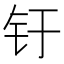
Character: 𰽗